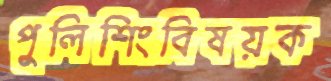
পুলিশিংবিষয়ক